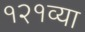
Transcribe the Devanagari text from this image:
१२१व्या